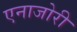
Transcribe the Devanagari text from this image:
एनाजोरी